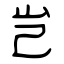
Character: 岂